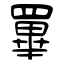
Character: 罼